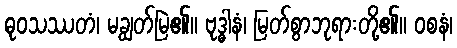
ဓုဝသဿတံ၊ မချွတ်မြဲ၏။ ဗုဒ္ဓါနံ၊ မြတ်စွာဘုရားတို့၏။ ဝစနံ၊